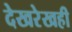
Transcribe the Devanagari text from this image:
देखरेखही